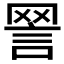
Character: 𧧧